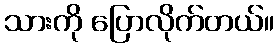
သားကို ပြောလိုက်တယ်။